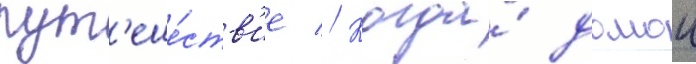
пут'еше́ств'ие // Когда́ домои